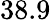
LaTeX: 38.9